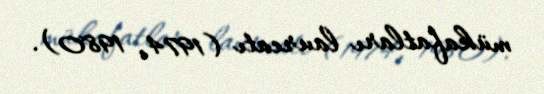
mükafatları laureatı (1974, 1980).